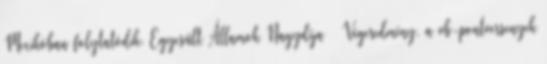
Mexikóban folytatódik. Egyesült Államok Nagydíja – Végeredmény, a vb-pontversenyek